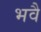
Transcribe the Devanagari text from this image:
भवै